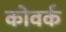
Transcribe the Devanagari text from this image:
कोवर्क